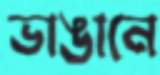
ভাঙানে